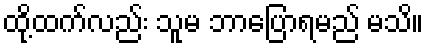
ထို့ထက်လည်း သူမ ဘာပြောရမည် မသိ။